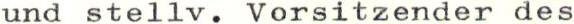
und stellv. Vorsitzender des